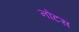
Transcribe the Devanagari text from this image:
नोटस